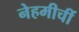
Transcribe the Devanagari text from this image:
नेहमीचीं